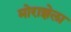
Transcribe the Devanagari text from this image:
मोराझेला